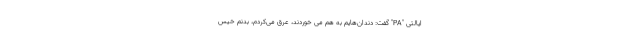
ایالتی "PA" گفت: دندان‌هایم به هم می خوردند، عرق می‌کردم، بدنم خیس